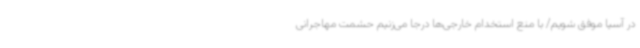
در آسیا موفق شویم/ با منع استخدام خارجی‌ها درجا می‌زنیم حشمت مهاجرانی